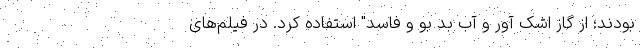
بودند؛ از گاز اشک آور و آب بد بو و فاسد" استفاده کرد. در فیلم‌های